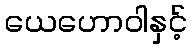
ယေဟောဝါနှင့်